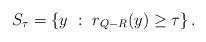
LaTeX: \begin{align*}S_\tau = \{ y ~:~ r_{Q-R} (y) \ge \tau \} \,.\end{align*}